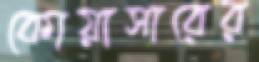
কোয়াসারের